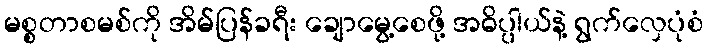
မစ္စတာစမစ်ကို အိမ်ပြန်ခရီး ချောမွေ့စေဖို့ အဓိပ္ပါယ်နဲ့ ရွက်လှေပုံစံ